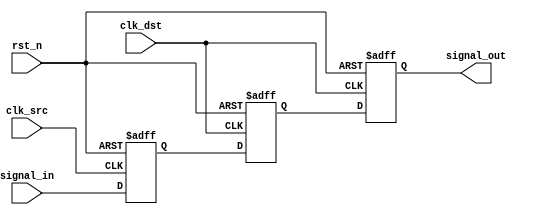
module signal_level_crossing_synchronizer #(
    parameter STAGES = 2 // Configurable number of stages (2 or 3)
)(
    input wire clk_src,           // Source clock
    input wire clk_dst,           // Destination clock
    input wire rst_n,             // Asynchronous active-low reset
    input wire signal_in,         // Input signal from the source clock domain
    output reg signal_out         // Synchronized output signal in the destination clock domain
);

    // Intermediate registers for synchronization stages
    reg [STAGES-1:0] sync_ff;

    // Input Flip-Flop: Captures the incoming signal on the source clock
    always @(posedge clk_src or negedge rst_n) begin
        if (!rst_n) begin
            sync_ff[0] <= 1'b0; // Reset to known state
        end else begin
            sync_ff[0] <= signal_in; // Capture input signal
        end
    end

    // Intermediate Flip-Flops: Synchronizing to destination clock
    genvar i;
    generate
        for (i = 1; i < STAGES; i = i + 1) begin : sync_stage
            always @(posedge clk_dst or negedge rst_n) begin
                if (!rst_n) begin
                    sync_ff[i] <= 1'b0; // Reset to known state
                end else begin
                    sync_ff[i] <= sync_ff[i-1]; // Pass signal to next stage
                end
            end
        end
    endgenerate

    // Output Flip-Flop: Provides the final synchronized output signal
    always @(posedge clk_dst or negedge rst_n) begin
        if (!rst_n) begin
            signal_out <= 1'b0; // Reset to known state
        end else begin
            signal_out <= sync_ff[STAGES-1]; // Final synchronized output
        end
    end

endmodule